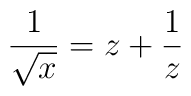
\frac{1}{\sqrt x}=z+\frac{1}{z}